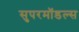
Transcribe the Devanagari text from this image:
सुपरमॉडल्स